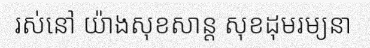
រស់នៅ យ៉ាងសុខសាន្ត សុខដុមរម្យនា